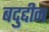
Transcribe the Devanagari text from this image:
बदुद्दीन